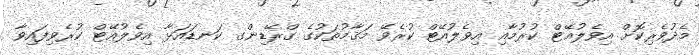
މެދުވެރިކޮށް އިވެލުއޭޓް ކުރުމާއި އިވެލުއޭޓް ކުރެވޭ މަޤާމުތަކުގެ ގްރޭޑިންގ ކަނޑައަޅާ އިވެލުއޭޓް ކުރެވިފައިވާ